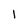
Character: 1